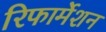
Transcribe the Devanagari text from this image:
रिफार्मेशन